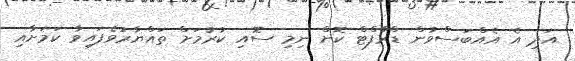
އަދި އެ އެއްބަސްވުން ޑްރާފްޓް ކޮށް ނިމި ސޮއި ކުރުމަށް ތައްޔާރުވެފައިވާ ކަމަށާއި